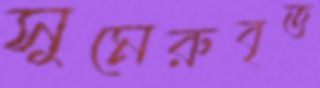
সুমেরুবৃত্ত